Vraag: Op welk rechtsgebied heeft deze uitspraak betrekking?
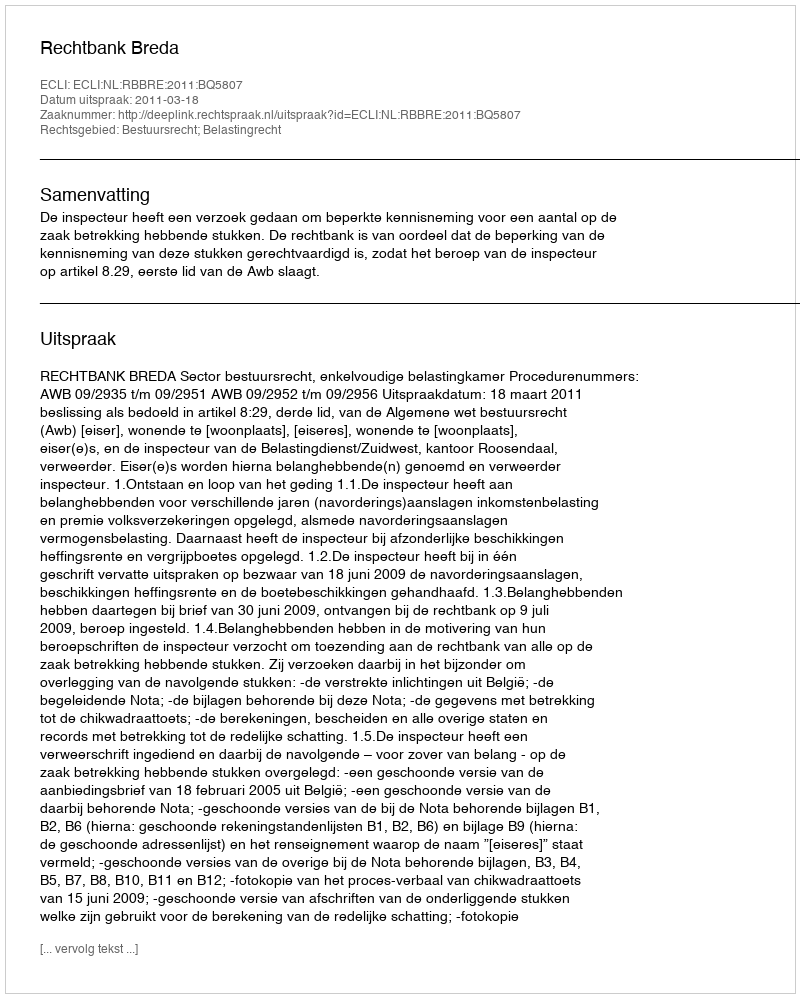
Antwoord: Bestuursrecht; Belastingrecht